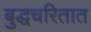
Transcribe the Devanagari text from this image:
बुद्धचरितात